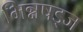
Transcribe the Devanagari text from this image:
भिन्नषड्ज